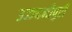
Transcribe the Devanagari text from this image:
उज्ज्यनीपुरी